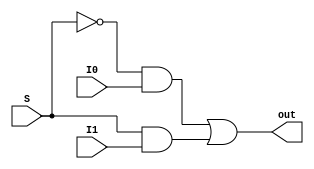
module twoMux(S,I0,I1,out);
input S,I0,I1;
output out;

assign out=~S&I0|S&I1;
endmodule